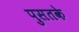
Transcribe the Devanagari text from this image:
पुसतके